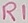
Text: R1